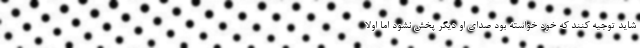
شاید توجیه کنند که خود خواسته بود صدای او دیگر پخش نشود اما اولا